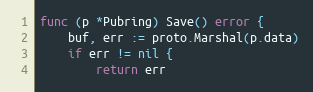
Language: Go
func (p *Pubring) Save() error {
	buf, err := proto.Marshal(p.data)
	if err != nil {
		return err